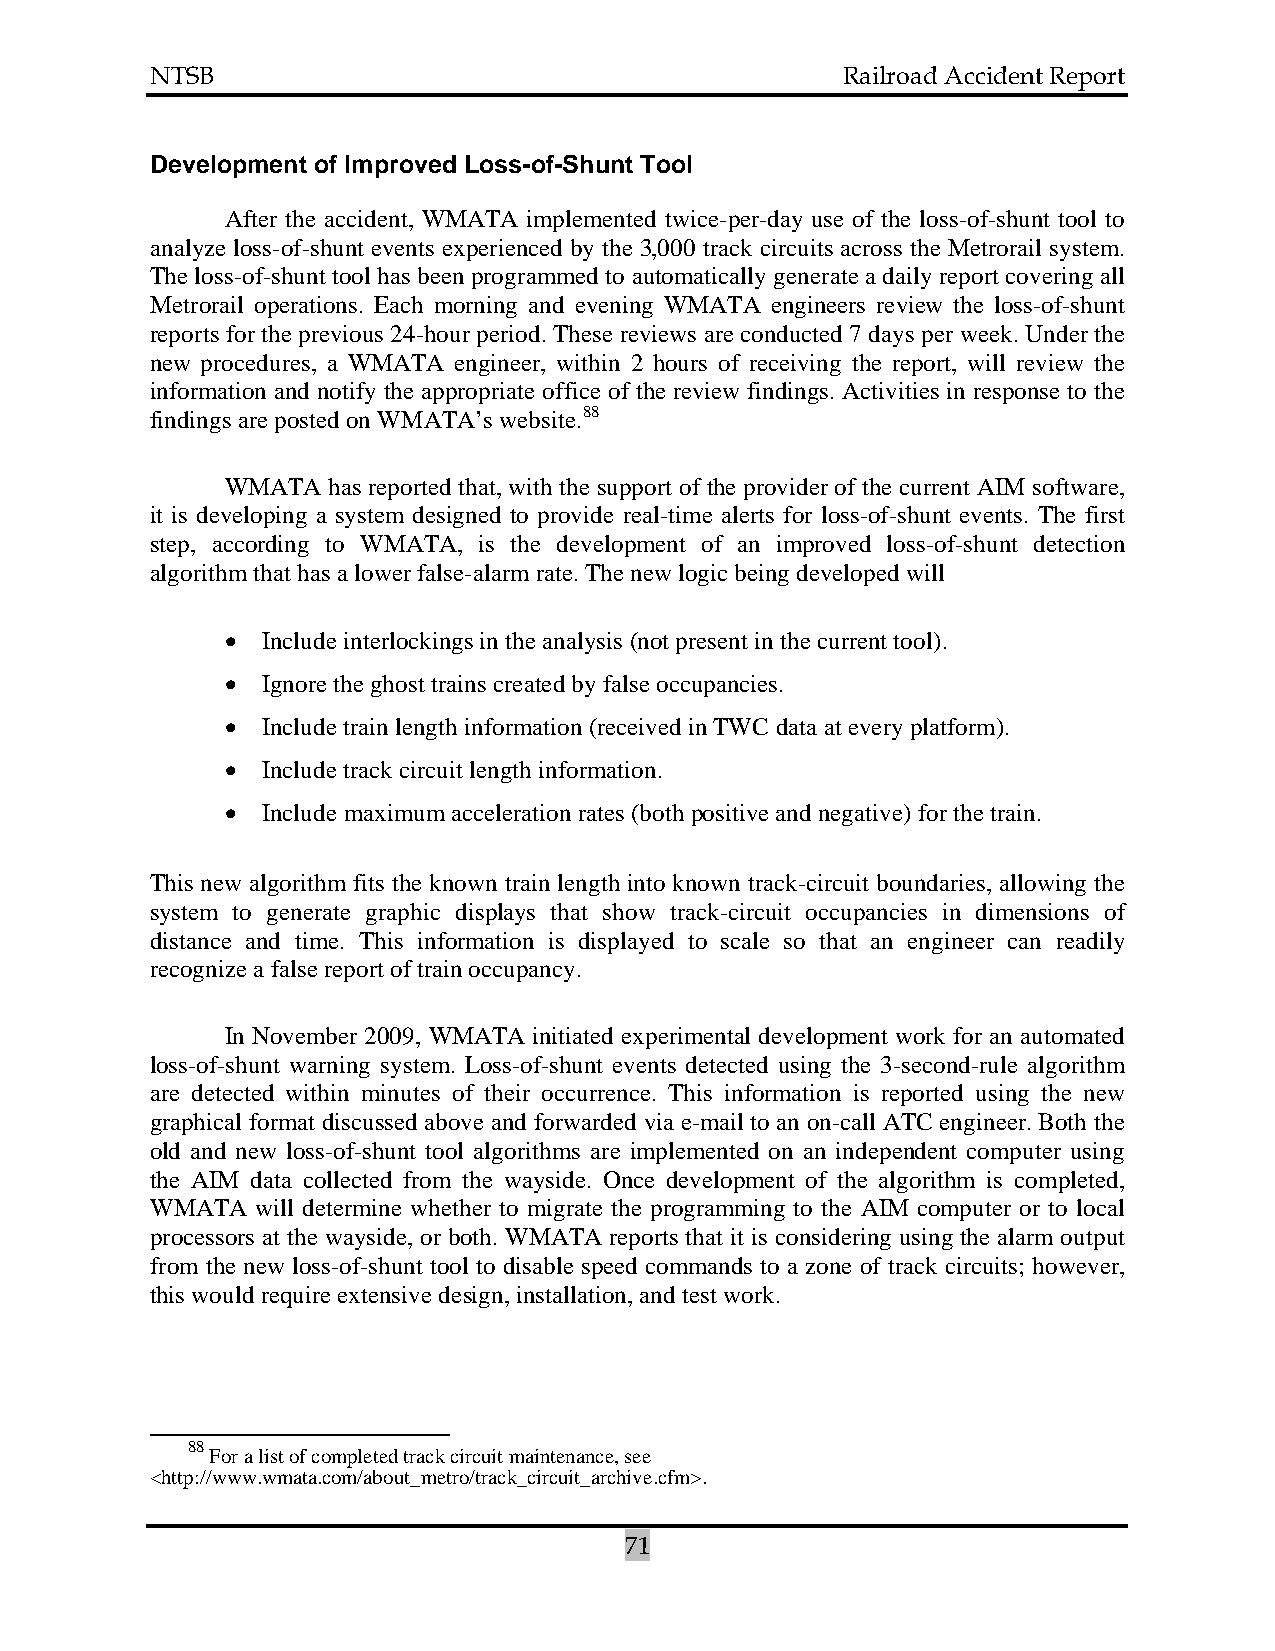
NTSB                                          Railroad Accident Report
 Development of Improved Loss-of-Shunt Tool
 After the accident, WMATA implemented twice-per-day use of the loss-of-shunt tool to
 analyze loss-of-shunt events experienced by the 3,000 track circuits across the Metrorail system.
 The loss-of-shunt tool has been programmed to automatically generate a daily report covering all
 Metrorail operations. Each morning and evening WMATA engineers review the loss-of-shunt
 reports for the previous 24-hour period. These reviews are conducted 7 days per week. Under the
 new procedures, a WMATA engineer, within 2 hours of receiving the report, will review the
 information and notify the appropriate office of the review findings. Activities in response to the
 findings are posted on WMATA’s website.88
 WMATA  has reported that, with the support of the provider of the current AIM software,
 it is developing a system designed to provide real-time alerts for loss-of-shunt events. The first
 step, according to WMATA, is the development of an improved loss-of-shunt detection
 algorithm that has a lower false-alarm rate. The new logic being developed will
 • Include interlockings in the analysis (not present in the current tool).
 • Ignore the ghost trains created by false occupancies.
 • Include train length information (received in TWC data at every platform).
 • Include track circuit length information.
 • Include maximum acceleration rates (both positive and negative) for the train.
 This new algorithm fits the known train length into known track-circuit boundaries, allowing the
 system to generate graphic displays that show track-circuit occupancies in dimensions of
 distance and time. This information is displayed to scale so that an engineer can readily
 recognize a false report of train occupancy.
 In November 2009, WMATA initiated experimental development work for an automated
 loss-of-shunt warning system. Loss-of-shunt events detected using the 3-second-rule algorithm
 are detected within minutes of their occurrence. This information is reported using the new
 graphical format discussed above and forwarded via e-mail to an on-call ATC engineer. Both the
 old and new loss-of-shunt tool algorithms are implemented on an independent computer using
 the AIM data collected from the wayside. Once development of the algorithm is completed,
 WMATA  will determine whether to migrate the programming to the AIM computer or to local
 processors at the wayside, or both. WMATA reports that it is considering using the alarm output
 from the new loss-of-shunt tool to disable speed commands to a zone of track circuits; however,
 this would require extensive design, installation, and test work.
 88
 For a list of completed track circuit maintenance, see
 <http://www.wmata.com/about_metro/track_circuit_archive.cfm>.
 71